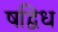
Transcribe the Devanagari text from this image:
षद्विध